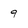
Character: 9